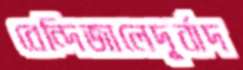
বেন্দিজালেদূর্বাদ